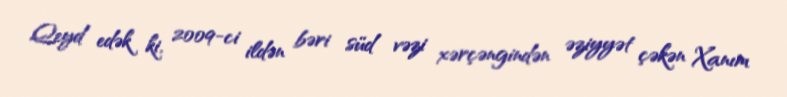
Qeyd edək ki, 2009-ci ildən bəri süd vəzi xərçəngindən əziyyət çəkən Xanım